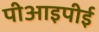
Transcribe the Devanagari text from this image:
पीआइपीई